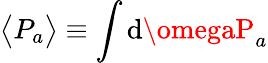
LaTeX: \big<P_{a}\big>\equiv\int\mathrm{d}\omegaP_{a}